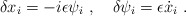
\begin{align*}\delta x_i=-i\epsilon\psi_i\ ,\quad \delta\psi_i=\epsilon{\dot x}_i \ . \end{align*}